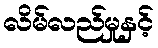
လိမ်လည်မှုနှင့်